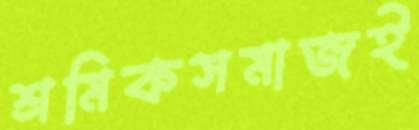
শ্রমিকসমাজই